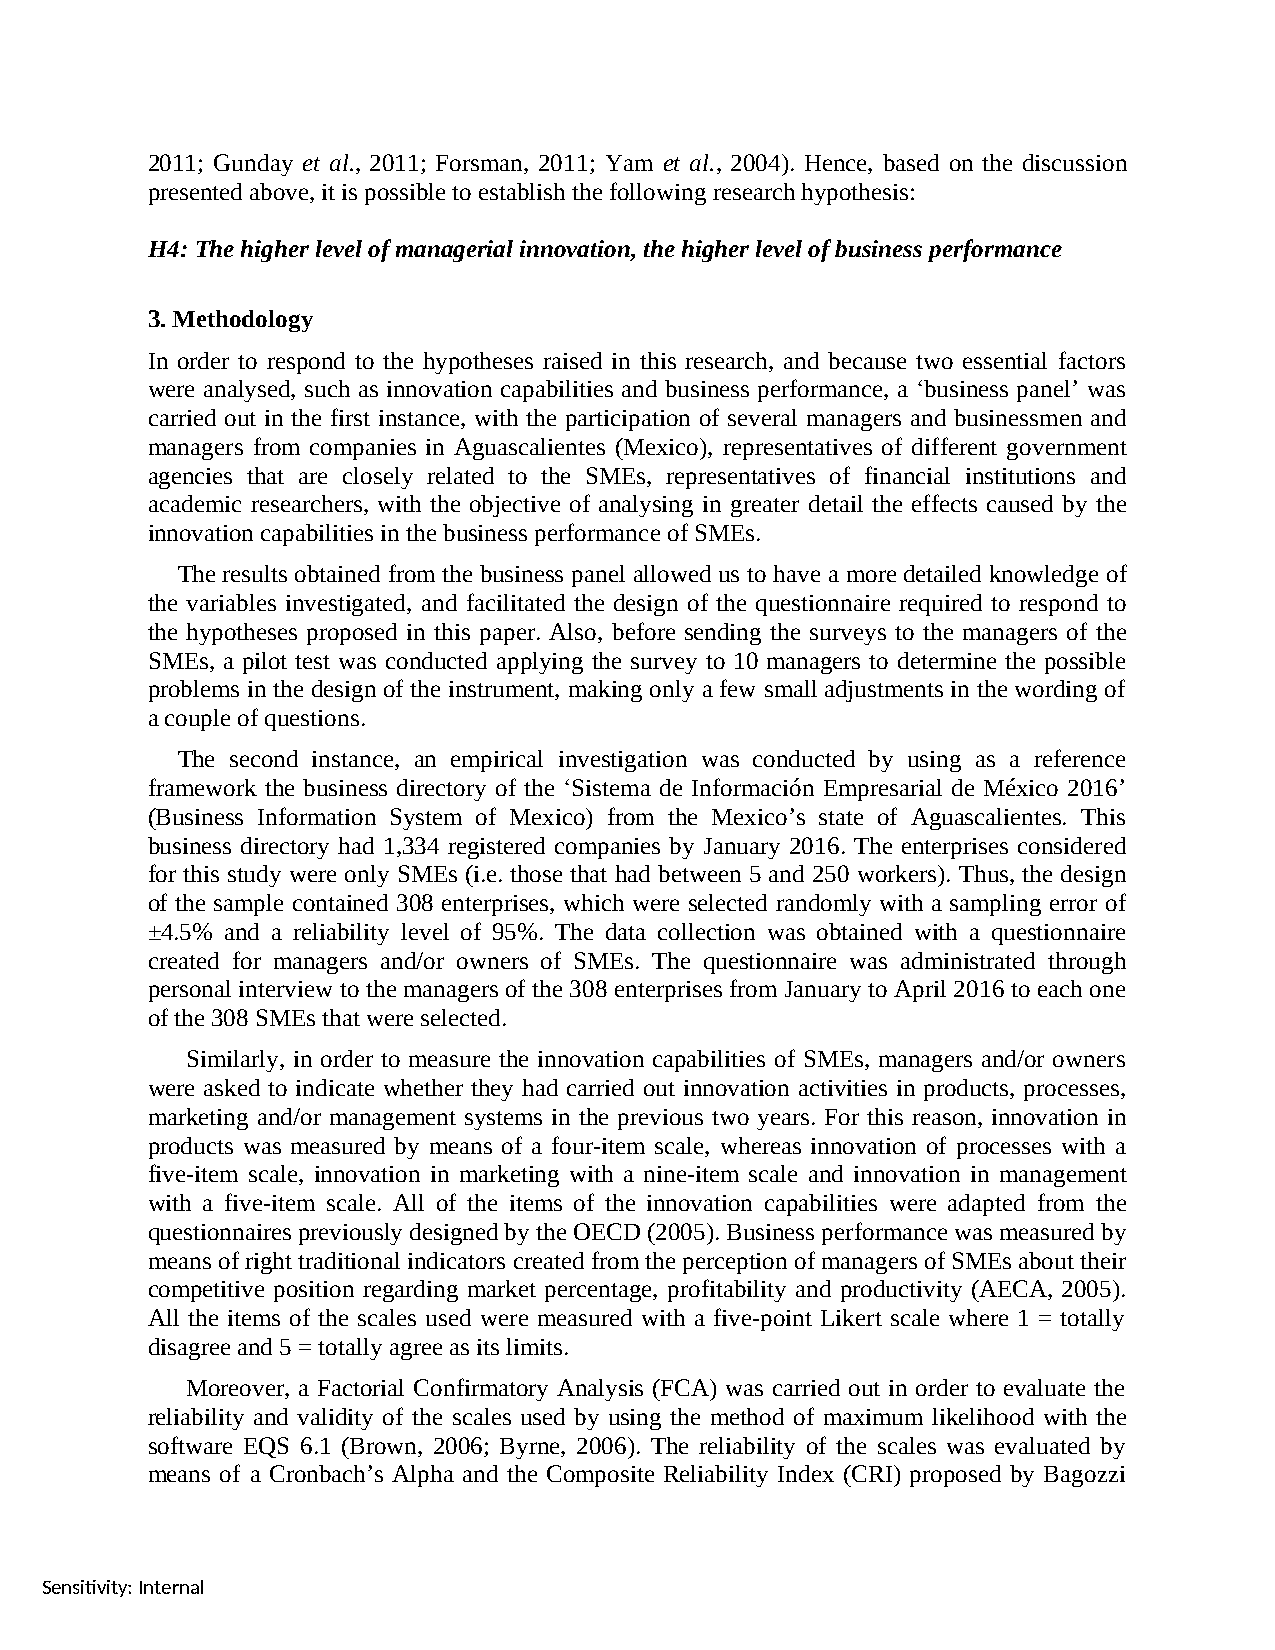
2011; Gunday et al., 2011; Forsman, 2011; Yam et al., 2004). Hence, based on the discussion
 presented above, it is possible to establish the following research hypothesis:
 H4: The higher level of managerial innovation, the higher level of business performance
 3. Methodology
 In order to respond to the hypotheses raised in this research, and because two essential factors
 were analysed, such as innovation capabilities and business performance, a ‘business panel’ was
 carried out in the first instance, with the participation of several managers and businessmen and
 managers from companies in Aguascalientes (Mexico), representatives of different government
 agencies that are closely related to the SMEs, representatives of financial institutions and
 academic researchers, with the objective of analysing in greater detail the effects caused by the
 innovation capabilities in the business performance of SMEs.
 The results obtained from the business panel allowed us to have a more detailed knowledge of
 the variables investigated, and facilitated the design of the questionnaire required to respond to
 the hypotheses proposed in this paper. Also, before sending the surveys to the managers of the
 SMEs, a pilot test was conducted applying the survey to 10 managers to determine the possible
 problems in the design of the instrument, making only a few small adjustments in the wording of
 a couple of questions.
 The second instance, an empirical investigation was conducted by using as a reference
 framework the business directory of the ‘Sistema de Información Empresarial de México 2016’
 (Business Information System of Mexico) from the Mexico’s state of Aguascalientes. This
 business directory had 1,334 registered companies by January 2016. The enterprises considered
 for this study were only SMEs (i.e. those that had between 5 and 250 workers). Thus, the design
 of the sample contained 308 enterprises, which were selected randomly with a sampling error of
 ±4.5% and a reliability level of 95%. The data collection was obtained with a questionnaire
 created for managers and/or owners of SMEs. The questionnaire was administrated through
 personal interview to the managers of the 308 enterprises from January to April 2016 to each one
 of the 308 SMEs that were selected.
 Similarly, in order to measure the innovation capabilities of SMEs, managers and/or owners
 were asked to indicate whether they had carried out innovation activities in products, processes,
 marketing and/or management systems in the previous two years. For this reason, innovation in
 products was measured by means of a four-item scale, whereas innovation of processes with a
 five-item scale, innovation in marketing with a nine-item scale and innovation in management
 with a five-item scale. All of the items of the innovation capabilities were adapted from the
 questionnaires previously designed by the OECD (2005). Business performance was measured by
 means of right traditional indicators created from the perception of managers of SMEs about their
 competitive position regarding market percentage, profitability and productivity (AECA, 2005).
 All the items of the scales used were measured with a five-point Likert scale where 1 = totally
 disagree and 5 = totally agree as its limits.
 Moreover, a Factorial Confirmatory Analysis (FCA) was carried out in order to evaluate the
 reliability and validity of the scales used by using the method of maximum likelihood with the
 software EQS 6.1 (Brown, 2006; Byrne, 2006). The reliability of the scales was evaluated by
 means of a Cronbach’s Alpha and the Composite Reliability Index (CRI) proposed by Bagozzi
 Sensitivity: Internal